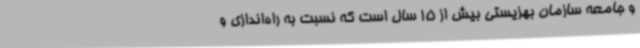
و جامعه سازمان بهزیستی بیش از 15 سال است که نسبت به راه‌اندازی و